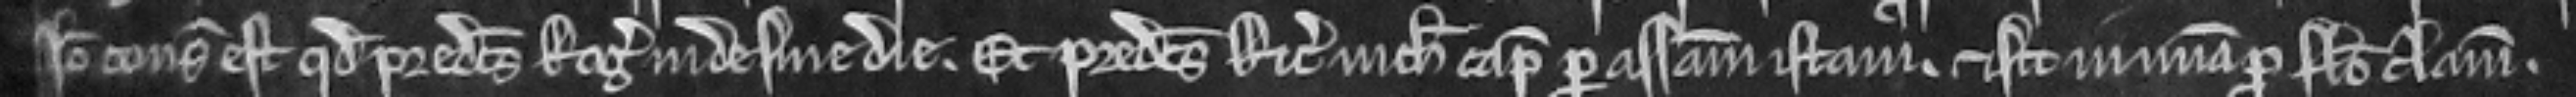
ideo consideratum est quod predictus Rogerus inde sine die et predictus Ricardus nichil capiat per assisam istam et sit in misericordia pro falso clamore.